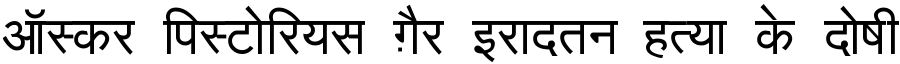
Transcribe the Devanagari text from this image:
ऑस्कर पिस्टोरियस ग़ैर इरादतन हत्या के दोषी